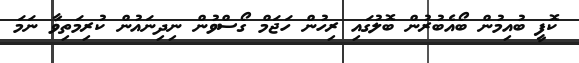
ކޮފީ ބުއިމުން ބޯއެބުރުން ބޮލުގައި ރިހުން ހަޖަމް ގޯސްވުން ނިދިނައުން ކުރިމަތިވާ ނަމަ